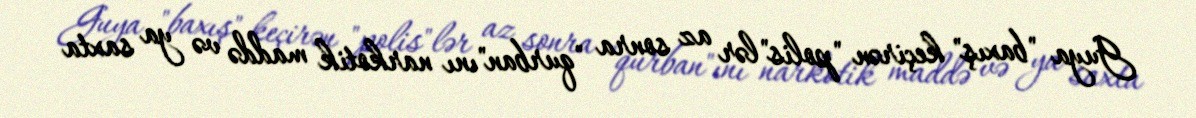
Guya "baxış" keçirən "polis"lər az sonra "qurban"ını narkotik maddə və ya saxta